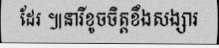
ដែរ ៕នារីខូចចិត្តខឹងសង្សារ